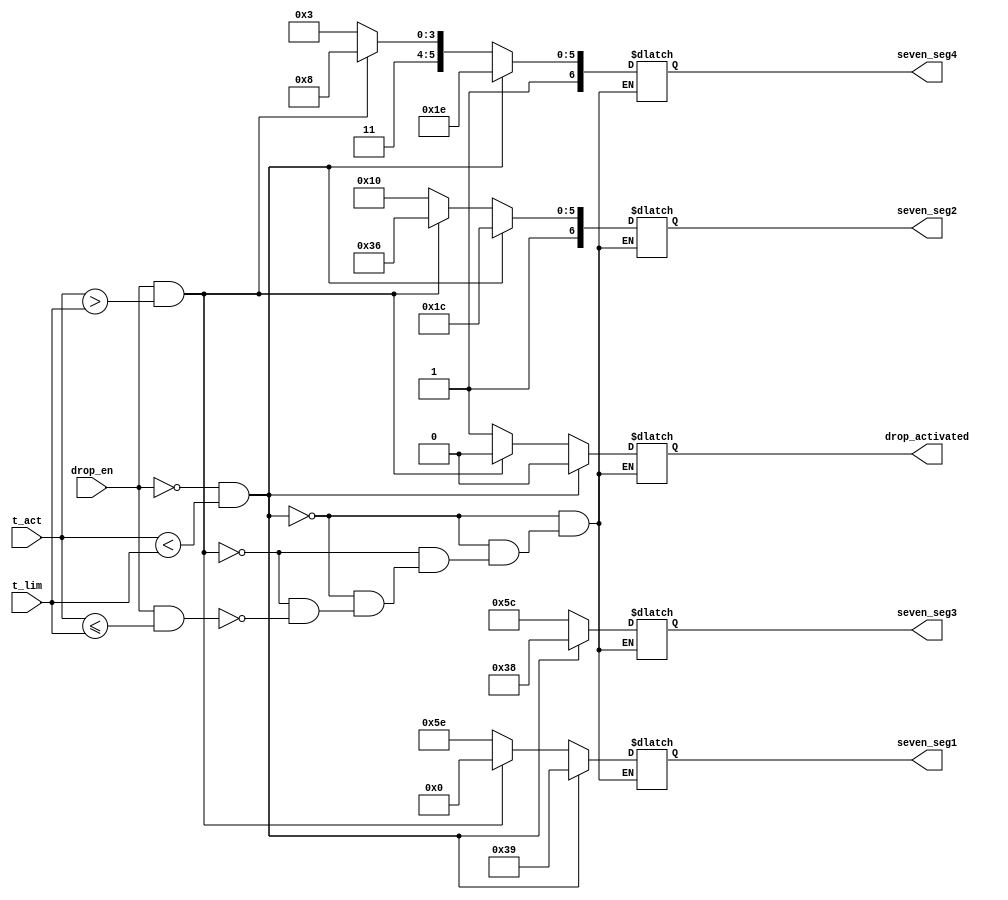
`timescale 1ns / 1ps
//////////////////////////////////////////////////////////////////////////////////
// Company: 
// Engineer: 
// 
// Design Name: 
// Module Name:    display_and_drop 
// Project Name: 
// Target Devices: 
// Tool versions: 
// Description: 
//
// Dependencies: 
//
// Revision: 
// Revision 0.01 - File Created
// Additional Comments: 
//
//////////////////////////////////////////////////////////////////////////////////
module display_and_drop(
    output reg[6:0] seven_seg1,
	 output reg[6:0] seven_seg2,
	 output reg[6:0] seven_seg3,
	 output reg[6:0] seven_seg4,
	 output reg[0:0] drop_activated,
	 input [15:0] t_act,
	 input [15:0] t_lim,
	 input drop_en);
	 
	 always@(*) begin
		if ( drop_en == 0 && t_act < t_lim) begin
			seven_seg1 = 7'b0111001;
			seven_seg2 = 7'b1011100;
			seven_seg3 = 7'b0111000;
			seven_seg4 = 7'b1011110;
			drop_activated = 1'b0;
		end else if (drop_en == 1 && t_act > t_lim) begin
			seven_seg1 = 7'b0;
			seven_seg2 = 7'b1110110;
			seven_seg3 = 7'b1011100;
			seven_seg4 = 7'b1111000;
			drop_activated = 1'b0;
		end else if (drop_en == 1 && t_act <= t_lim) begin
			seven_seg1 = 7'b1011110;
			seven_seg2 = 7'b1010000;
			seven_seg3 = 7'b1011100;
			seven_seg4 = 7'b1110011;
			drop_activated = 1'b1;
		end
	 end
	 


endmodule